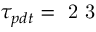
\tau _ { p d t } = \mathrm { ~ 2 ~ 3 ~ }